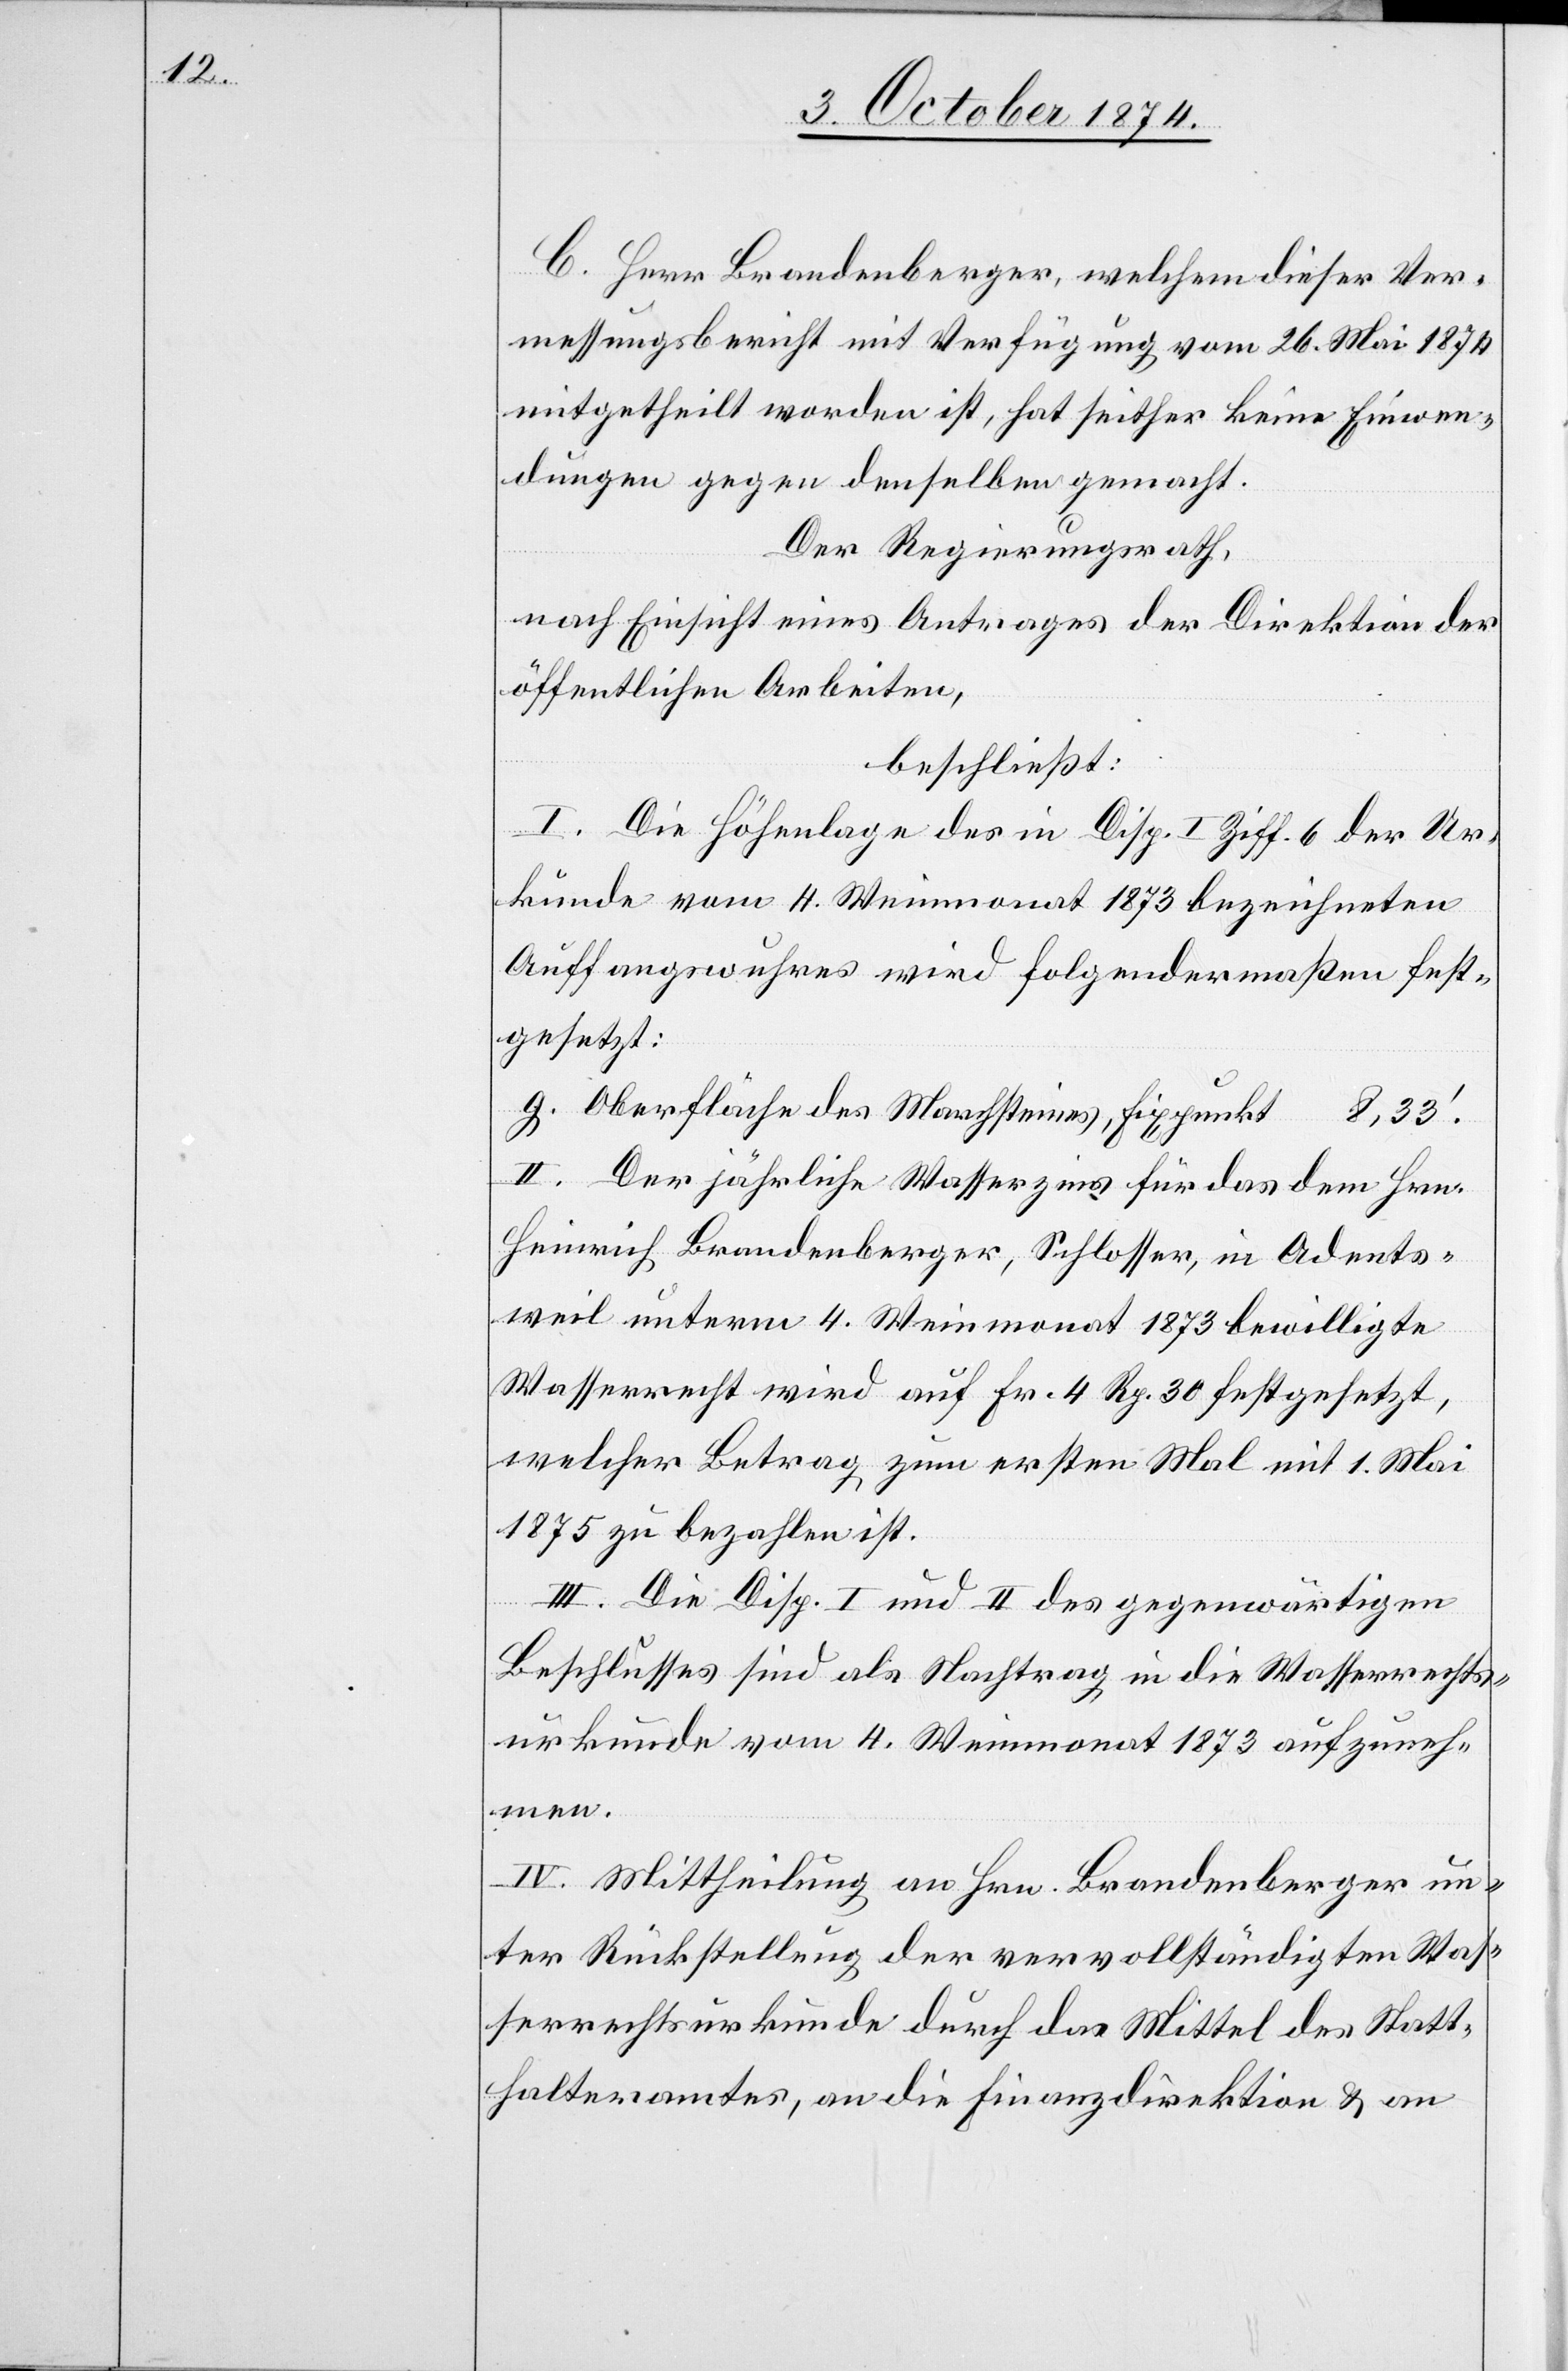
C. Herr Brandenberger, welchem dieser Ver¬
messungsbericht mit Verfügung vom 26. Mai 1874
mitgetheilt worden ist, hat seither keine Einwen¬
dungen gegen denselben gemacht.
Der Regierungsrath,
nach Einsicht eines Antrages der Direktion der
öffentlichen Arbeiten,
beschließt:
I. Die Höhenlage des in Disp. I Ziff. 6 der Ur¬
kunde vom 4. Weinmonat 1873 bezeichneten
Auffangswuhres wird folgendermaßen fest¬
gesetzt:
g. Oberfläche des Marchsteines, Fixpunkt 8,33‘.
II. Der jährliche Wasserzins für das dem Hrn.
Heinrich Brandenberger, Schlosser, in Adents¬
weil unterm 4. Weinmonat 1873 bewilligte
Wasserrecht wird auf Fr. 4 Rp. 30 festgesetzt,
welcher Betrag zum ersten Mal mit 1. Mai
1875 zu bezahlen ist.
III. Die Disp. I und II des gegenwärtigen
Beschlusses sind als Nachtrag in die Wasserrechts¬
urkunde vom 4. Weinmonat 1873 aufzuneh¬
men.
IV. Mittheilung an Hrn. Brandenberger un¬
ter Rückstellung der vervollständigten Was¬
serrechtsurkunde durch das Mittel des Statt¬
halteramtes, an die Finanzdirektion & an